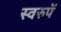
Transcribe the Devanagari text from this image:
स्वरुपें